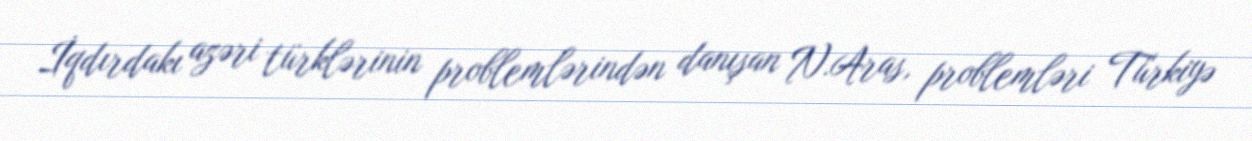
İqdırdakı azəri türklərinin problemlərindən danışan N.Aras, problemləri Türkiyə